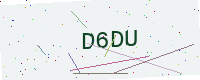
Text: D6DU